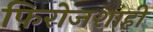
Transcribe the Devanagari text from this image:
फिरोजशाही